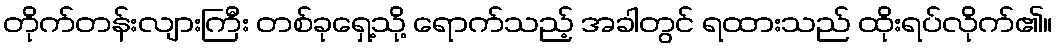
တိုက်တန်းလျားကြီး တစ်ခုရှေ့သို့ ရောက်သည့် အခါတွင် ရထားသည် ထိုးရပ်လိုက်၏။